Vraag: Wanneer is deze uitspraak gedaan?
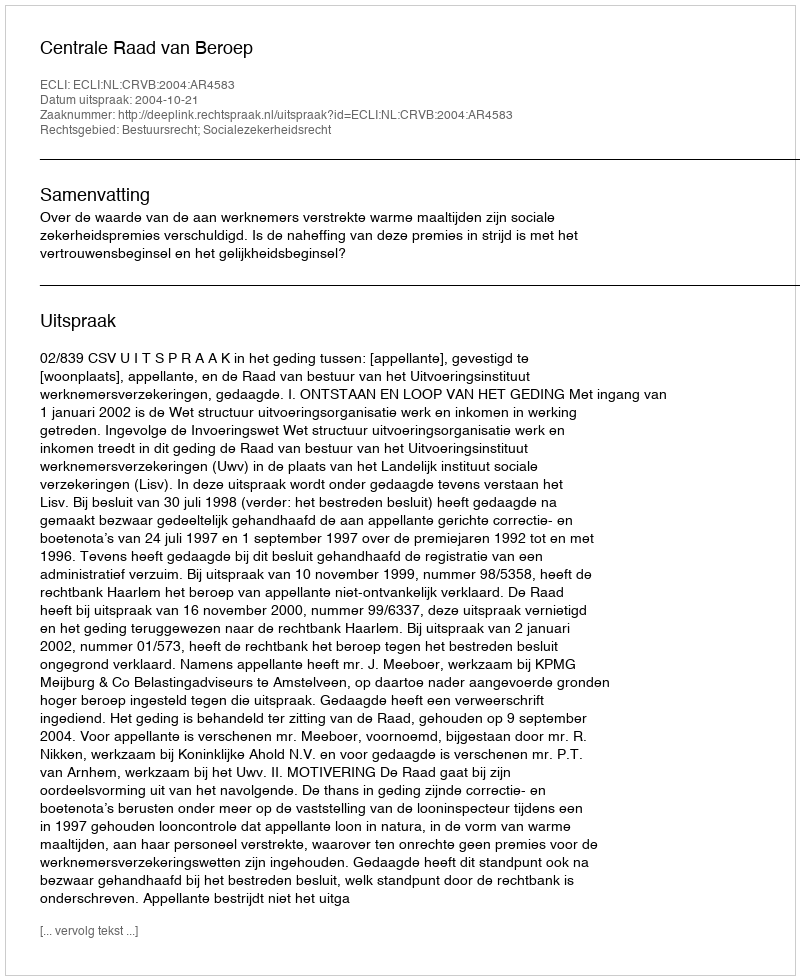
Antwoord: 2004-10-21